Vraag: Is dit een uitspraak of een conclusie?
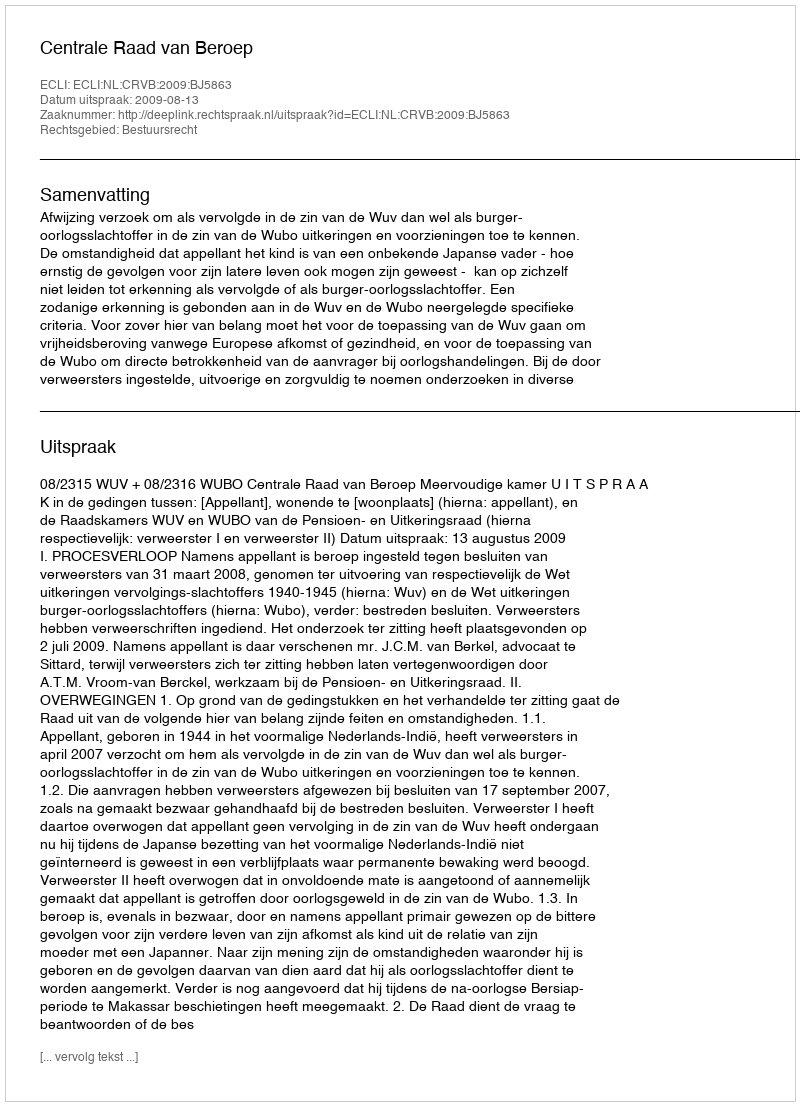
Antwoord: Uitspraak